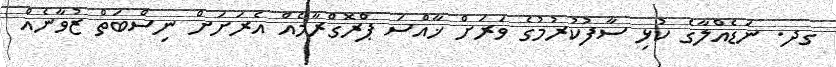
ގދ. ނަޑެއްލާގެ ކުޅި ސާފުކުރުމުގެ ވަރަށް ޚާއްސަ ޕްރޮގްރާމެއް އެރަށަށް ނިސްބަތް ޒުވާނެއް